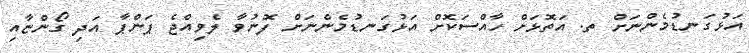
އަޅުގަނޑުމެންނަށް ތ. އަތޮޅަށް ހާއްސަކޮށް އަޅުގަނޑުމެންނަށް ފޮނުވާ ލެވިއްޖެ ޕަންޕާ އަދި ގޯންޏާއި